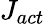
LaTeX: J_{act}